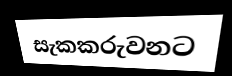
සැකකරුවනට